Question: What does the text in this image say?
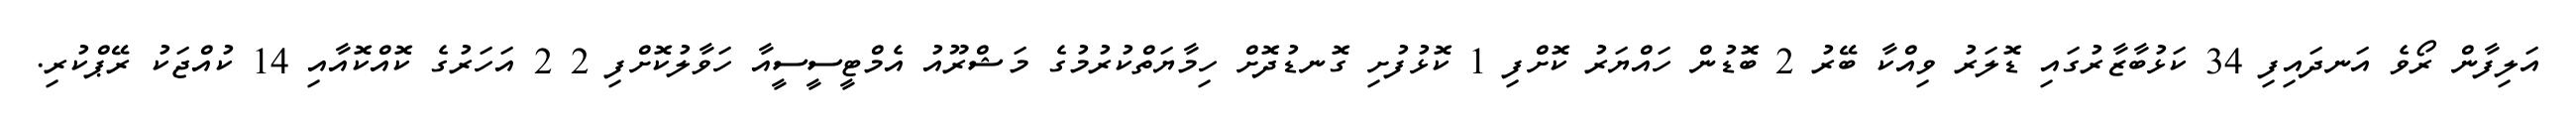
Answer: އަލިފާން ރޯވެ އަނދައިފި 34 ކަޅުބާޒާރުގައި ޑޮލަރު ވިއްކާ ބޭރު 2 ބޮޑުން ހައްޔަރު ކޮށްފި 1 ކޮޅުފުށި ގޮނޑުދޮށް ހިމާޔަތްކުރުމުގެ މަޝްރޫއު އެމްޓީސީސީއާ ހަވާލުކޮށްފި 2 2 އަހަރުގެ ކޮއްކޮއާއި 14 ކުއްޖަކު ރޭޕްކުރި.